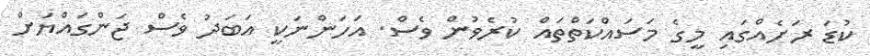
ކުޑަ ރަށެއްގައި މީގެ މަސައްކަތްތައް ކުރެވުން ވެސް. އަހަންނަކީ އަބަދު ވެސް ޖަންގައްޔަށް